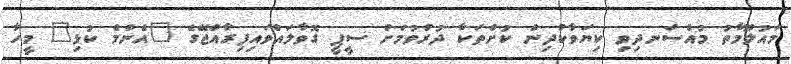
މައުލޫމާތު މުއްސަނދިވި ކިޔަވާކުދިން ކުށްތަކާ ދުރުވުމަށް ސީޕީ ގޮވާލައްވައިފިރާއްޖޭގެ "އެންމެ ކުޅި" މީހާ